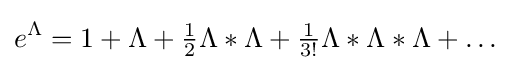
e^{\Lambda }=1+\Lambda +{\tfrac {1}{2}}\Lambda *\Lambda +{\tfrac {1}{3!}}\Lambda *\Lambda *\Lambda +\ldots